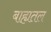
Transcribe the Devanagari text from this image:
बाह्यतल